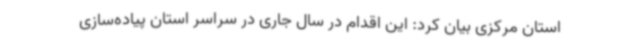
استان مرکزی بیان کرد: این اقدام در سال جاری در سراسر استان پیاده‌سازی